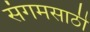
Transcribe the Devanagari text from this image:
संगमसाठी